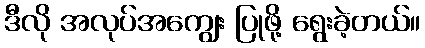
ဒီလို အလုပ်အကျွေး ပြုဖို့ ရွေးခဲ့တယ်။